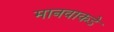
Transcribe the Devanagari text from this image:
मानवाकडे